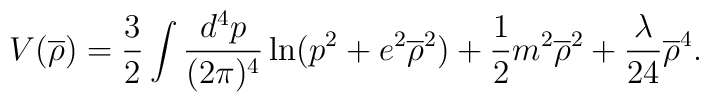
V(\overline{\rho})=\frac{3}{2}\int\frac{d^{4}p}{(2\pi)^{4}}\ln(p^{2}+e^{2}\overline{\rho}^{2})+\frac{1}{2}m^{2}\overline{\rho}^{2}+\frac{\lambda}{24}\overline{\rho}^{4}.